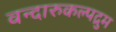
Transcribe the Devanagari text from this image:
वन्दारुकल्पद्रुम